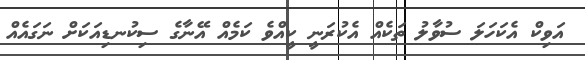
އަވިކް އެކަހަލަ ސުވާލު ތަކެއް އެކުރަނީ ކީއްވެ ކަމެއް އޭނާގެ ސިކުނޑިއަކަށް ނަގައެއް